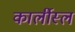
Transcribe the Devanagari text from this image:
कार्लीस्ल